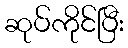
ဆုပ်ကိုင်ပြီး